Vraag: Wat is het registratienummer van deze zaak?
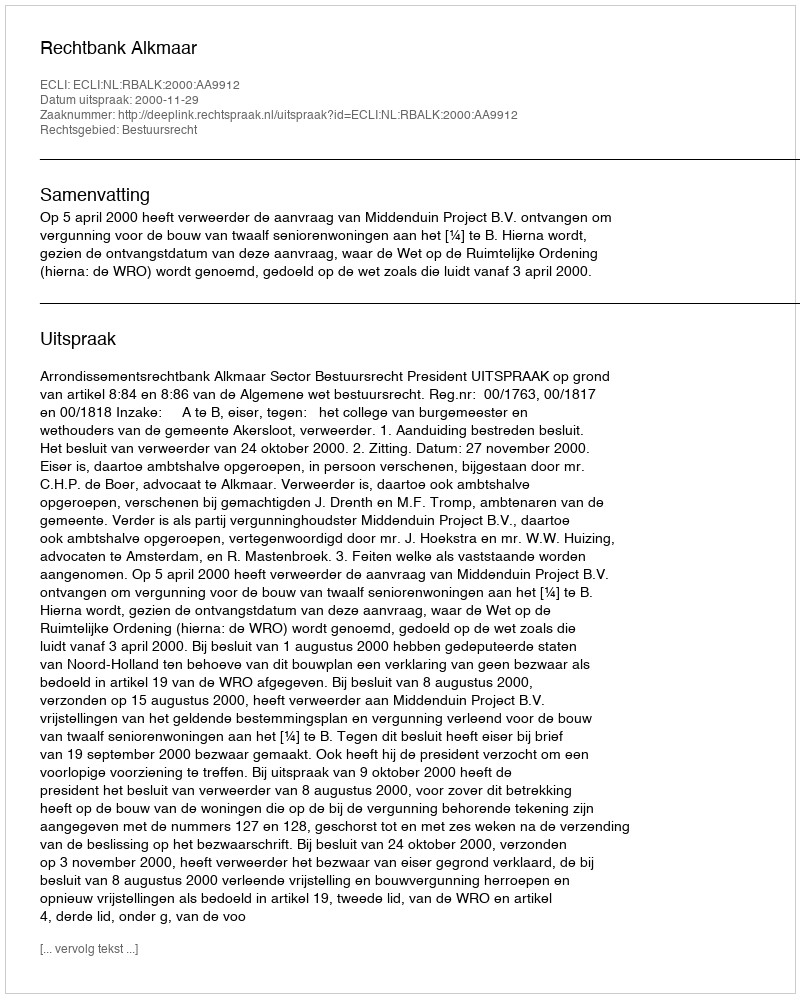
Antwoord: http://deeplink.rechtspraak.nl/uitspraak?id=ECLI:NL:RBALK:2000:AA9912